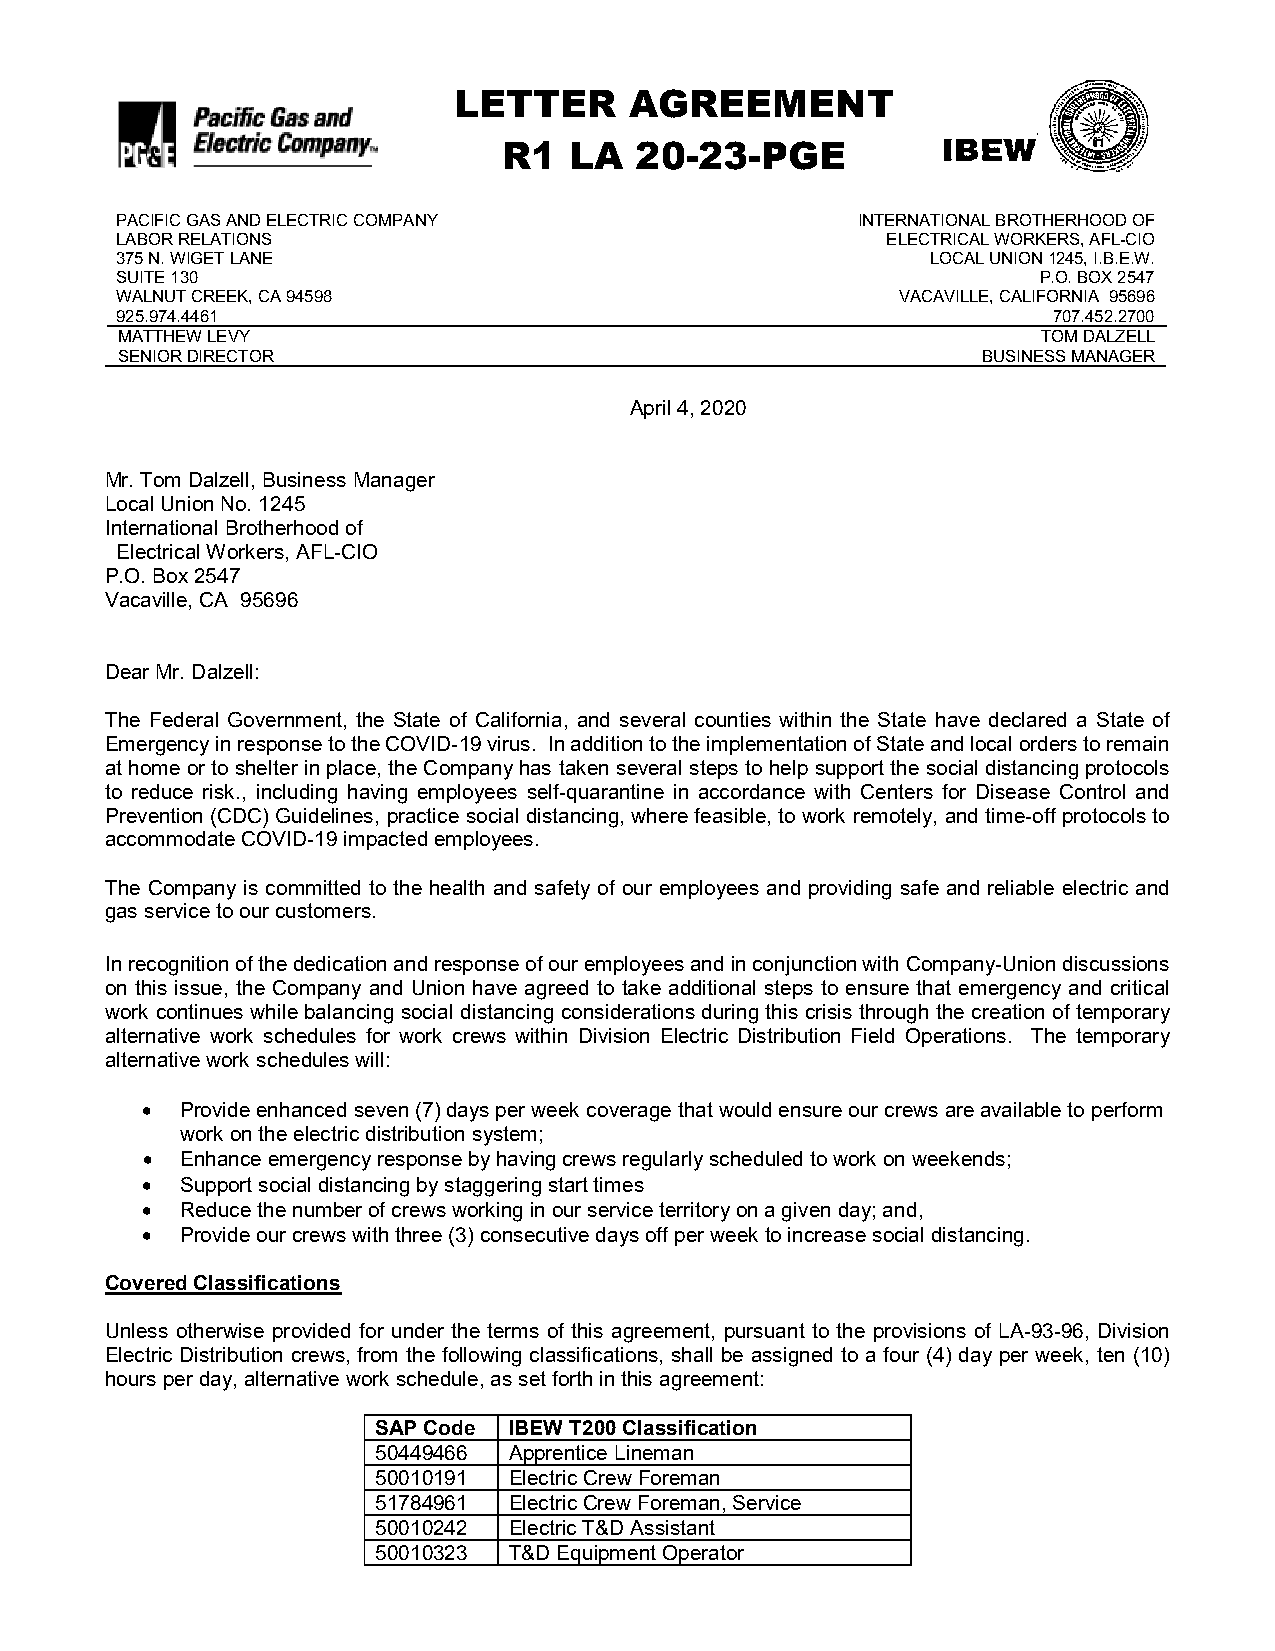
LETTER      AGREEMENT
 R1   LA  20-23-PGE
 PACIFIC GAS AND ELECTRIC COMPANY                 INTERNATIONAL BROTHERHOOD OF
 LABOR RELATIONS                                    ELECTRICAL WORKERS, AFL-CIO
 375 N. WIGET LANE                                     LOCAL UNION 1245, I.B.E.W.
 SUITE 130                                                    P.O. BOX 2547
 WALNUT CREEK, CA 94598                              VACAVILLE, CALIFORNIA 95696
 925.974.4461                                                  707.452.2700
 MATTHEW LEVY                                                 TOM DALZELL
 SENIOR DIRECTOR                                          BUSINESS MANAGER
 April 4, 2020
 Mr. Tom Dalzell, Business Manager
 Local Union No. 1245
 International Brotherhood of
 Electrical Workers, AFL-CIO
 P.O. Box 2547
 Vacaville, CA 95696
 Dear Mr. Dalzell:
 The Federal Government, the State of California, and several counties within the State have declared a State of
 Emergency in response to the COVID-19 virus. In addition to the implementation of State and local orders to remain
 at home or to shelter in place, the Company has taken several steps to help support the social distancing protocols
 to reduce risk., including having employees self-quarantine in accordance with Centers for Disease Control and
 Prevention (CDC) Guidelines, practice social distancing, where feasible, to work remotely, and time-off protocols to
 accommodate COVID-19 impacted employees.
 The Company is committed to the health and safety of our employees and providing safe and reliable electric and
 gas service to our customers.
 In recognition of the dedication and response of our employees and in conjunction with Company-Union discussions
 on this issue, the Company and Union have agreed to take additional steps to ensure that emergency and critical
 work continues while balancing social distancing considerations during this crisis through the creation of temporary
 alternative work schedules for work crews within Division Electric Distribution Field Operations. The temporary
 alternative work schedules will:
 •  Provide enhanced seven (7) days per week coverage that would ensure our crews are available to perform
 work on the electric distribution system;
 •  Enhance emergency response by having crews regularly scheduled to work on weekends;
 •  Support social distancing by staggering start times
 •  Reduce the number of crews working in our service territory on a given day; and,
 •  Provide our crews with three (3) consecutive days off per week to increase social distancing.
 Covered Classifications
 Unless otherwise provided for under the terms of this agreement, pursuant to the provisions of LA-93-96, Division
 Electric Distribution crews, from the following classifications, shall be assigned to a four (4) day per week, ten (10)
 hours per day, alternative work schedule, as set forth in this agreement:
 SAP Code IBEW T200 Classification
 50449466 Apprentice Lineman
 50010191 Electric Crew Foreman
 51784961 Electric Crew Foreman, Service
 50010242 Electric T&D Assistant
 50010323 T&D Equipment Operator